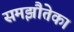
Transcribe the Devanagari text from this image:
समझौतेका